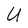
Character: U